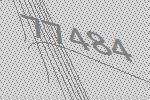
77484